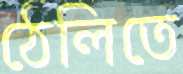
ঠেলিতে